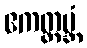
ဧကတ္ထမ္ဘံ